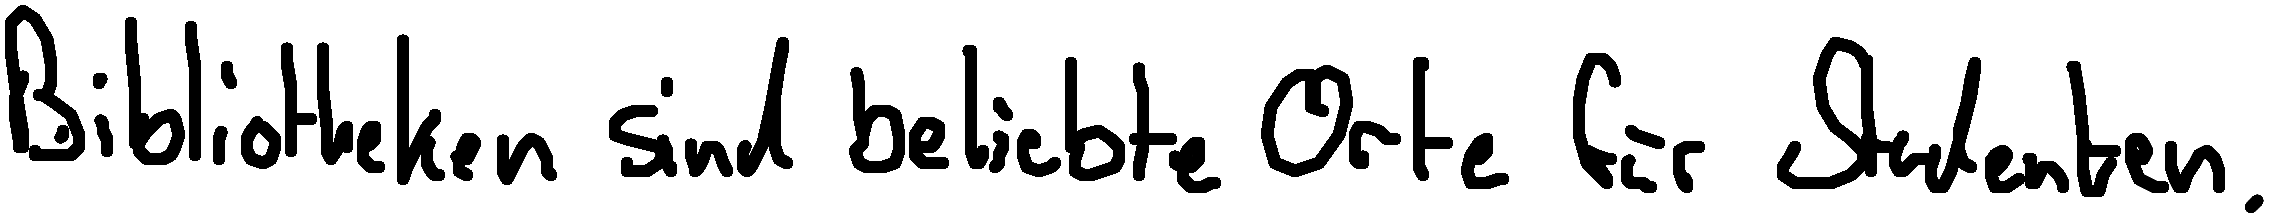
Bibliotheken sind beliebte Orte für Studenten.